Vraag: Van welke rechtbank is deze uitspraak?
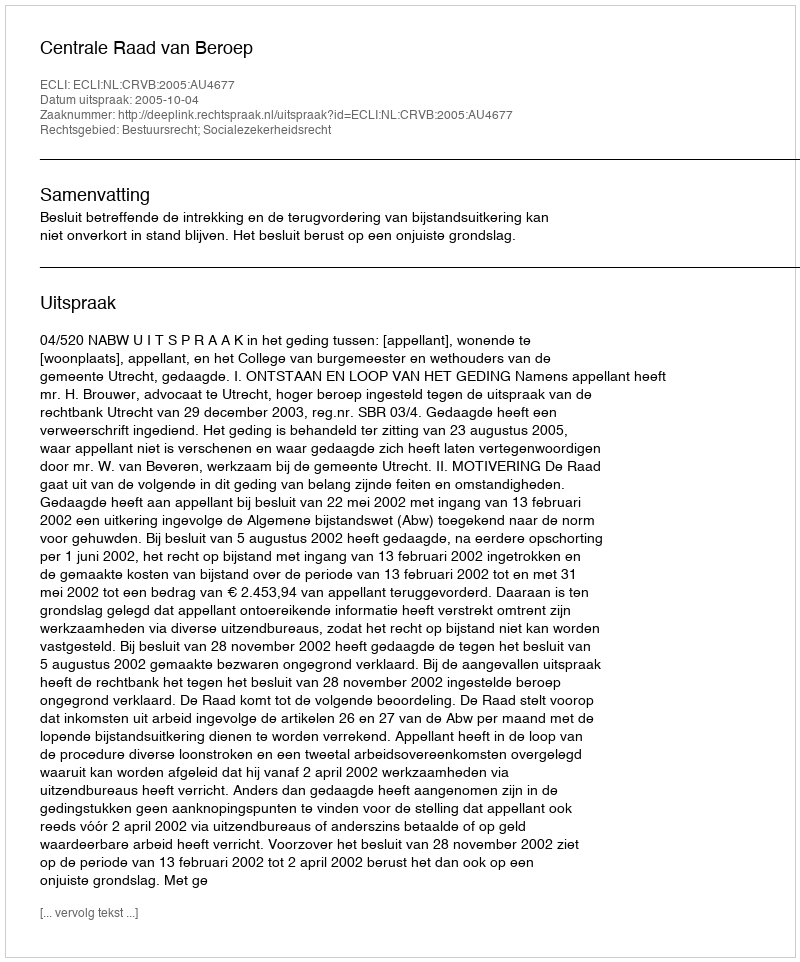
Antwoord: Centrale Raad van Beroep